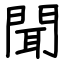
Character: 聞